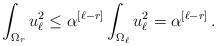
LaTeX: \begin{align*}\int_{\Omega_r} u_\ell^2 \leq \alpha^{[\ell-r]} \int_{\Omega_\ell}u_\ell^2 =\alpha^{[\ell-r]} \,.\end{align*}